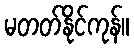
မတတ်နိုင်ကုန်။